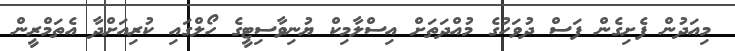
މިއަދުން ފެށިގެން ފަސް ދުވަހުގެ މުއްދަތަށް އިސްލާމިކް ޔުނިވާސިޓީގެ ހޯލްގައި ކުރިއަށްދާ އެތަމްރީން